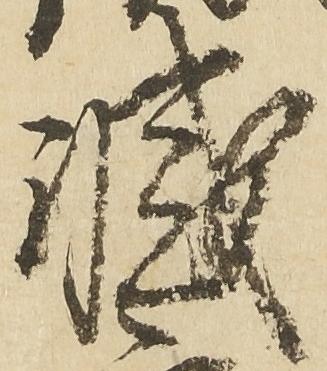
滅